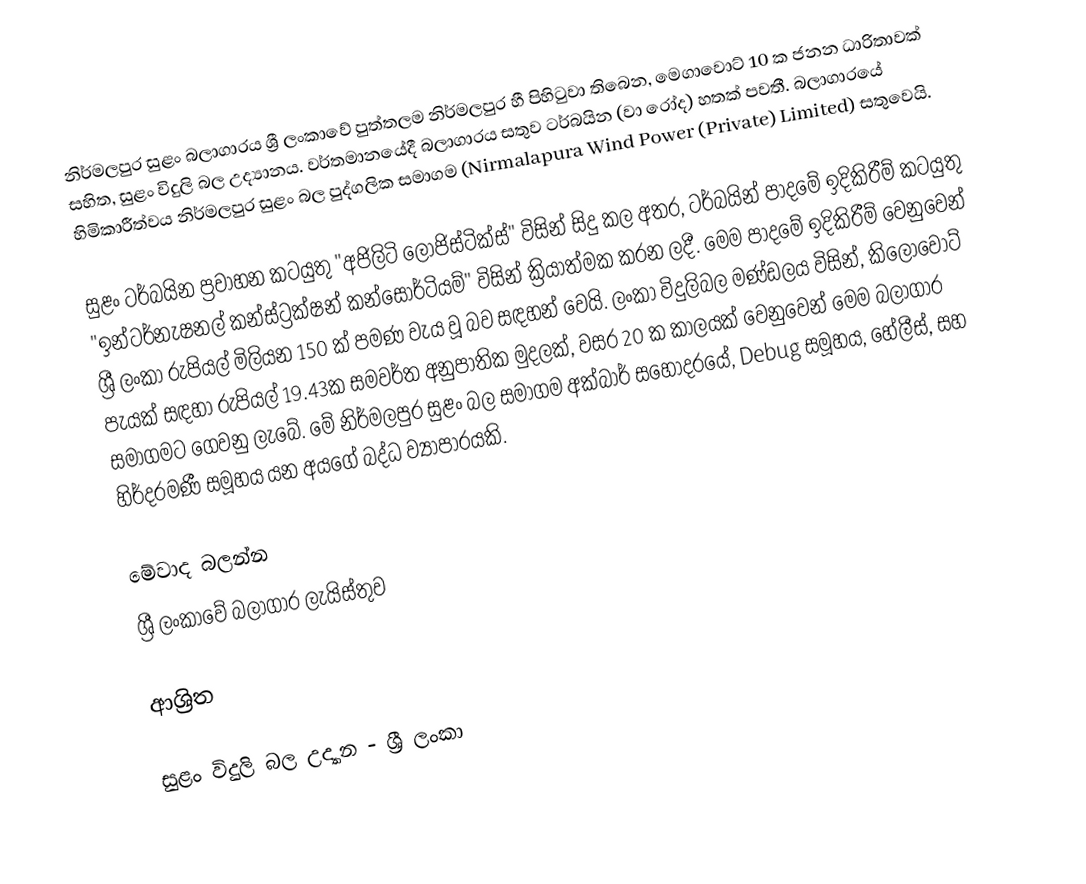
නිර්මලපුර සුළං බලාගාරය ශ්‍රී ලංකාවේ පුත්තලම නිර්මලපුර හී පිහිටුවා තිබෙන, මෙගාවොට් 10 ක ජනන ධාරිතාවක් සහිත, සුළං විදුලි බල උද්‍යානය. වර්තමානයේදී බලාගාරය සතුව ටර්බයින (වා රෝද) හතක් පවතී. බලාගාරයේ හිමිකාරීත්වය නිර්මලපුර සුළං බල පුද්ගලික සමාගම (Nirmalapura Wind Power (Private) Limited) සතුවෙයි.

සුළං ටර්බයින ප්‍රවාහන කටයුතු "අජිලිටි ලොජිස්ටික්ස්" විසින් සිදු කල අතර, ටර්බයින් පාදමේ ඉදිකිරීම් කටයුතු "ඉන්ටර්නැෂනල් කන්ස්ට්‍රක්ෂන් කන්සෝර්ටියම්" විසින් ක්‍රියාත්මක කරන ලදී. මෙම පාදමේ ඉදිකිරීම් වෙනුවෙන් ශ්‍රී ලංකා රුපියල් මිලියන 150 ක් පමණ වැය වූ බව සඳහන් වෙයි. ලංකා විදුලිබල මණ්ඩලය විසින්, කිලෝවොට් පැයක් සඳහා රුපියල් 19.43ක සමවර්ත අනුපාතික මුදලක්, වසර 20 ක කාලයක් වෙනුවෙන් මෙම බලාගාර සමාගමට ගෙවනු ලැබේ. මේ නිර්මලපුර සුළං බල සමාගම අක්බාර් සහෝදරයේ, Debug සමූහය, හේලීස්, සහ හිර්දරමණී සමූහය යන අයගේ බද්ධ ව්‍යාපාරයකි.

මේවාද බලන්න
 ශ්‍රී ලංකාවේ බලාගාර ලැයිස්තුව

ආශ්‍රිත

සුළං විදුලි බල උද්‍යාන - ශ්‍රී ලංකා